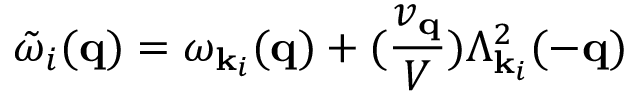
{ \tilde { \omega } } _ { i } ( { \bf { q } } ) = \omega _ { { \bf { k } } _ { i } } ( { \bf { q } } ) + ( \frac { v _ { { \bf { q } } } } { V } ) \Lambda _ { { \bf { k } } _ { i } } ^ { 2 } ( - { \bf { q } } )